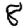
Digit: 8